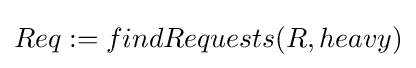
Req:=findRequests(R,heavy)